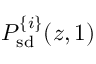
P _ { \mathrm { s d } } ^ { \{ i \} } ( z , 1 )